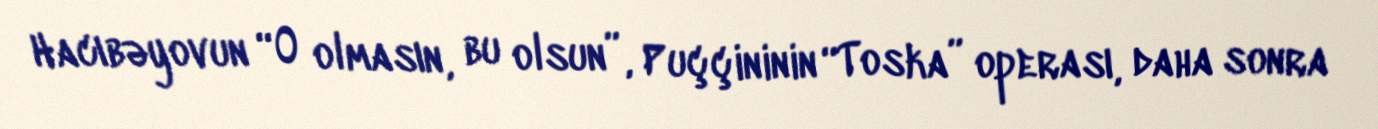
Hacıbəyovun “O olmasın, bu olsun”, Puççininin “Toska” operası, daha sonra